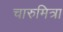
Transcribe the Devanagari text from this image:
चारुमित्रा